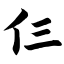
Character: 仨